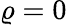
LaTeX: \varrho=0